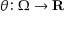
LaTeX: \theta \colon \Omega \rightarrow \mathbf { R }